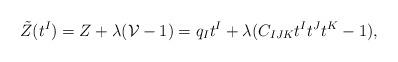
LaTeX: \begin{align*}\tilde Z (t^I) = Z +\lambda ( {\cal V}-1) = q_It^I+\lambda(C_{IJK}t^It^Jt^K-1),\end{align*}